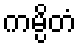
ကမ္ပိတံ